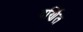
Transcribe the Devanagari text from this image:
दर्णित